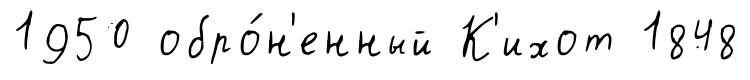
1950 обро́н'енный К'ихот 1848